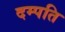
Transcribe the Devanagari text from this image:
दम्‍पति